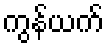
ကွန်ယက်